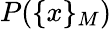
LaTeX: P(\{ x\} _{M})